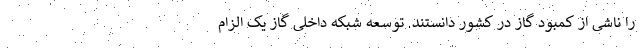
را ناشی از کمبود گاز در کشور دانستند. توسعه شبکه داخلی گاز یک الزام